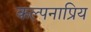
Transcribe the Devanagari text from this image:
कल्पनाप्रिय